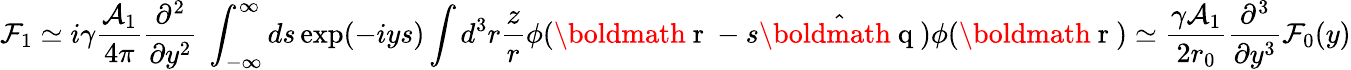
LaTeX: {\cal F}_{1}\simeq i\gamma\frac{{\cal A}_{1}}{4\pi}\frac{\partial^{2}}{\partial y^{2}}\ \int_{-\infty}^{\infty}ds\exp(-iys)\int d^{3}r\frac{z}{r}\phi({\mathrm{\boldmath~r~}}-s\hat{\mathrm{\boldmath~q~}})\phi({\mathrm{\boldmath~r~}})\simeq\frac{\gamma{\cal A}_{1}}{2r_{0}}\frac{\partial^{3}}{\partial y^{3}}{\cal F}_{0}(y)